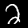
Digit: 2